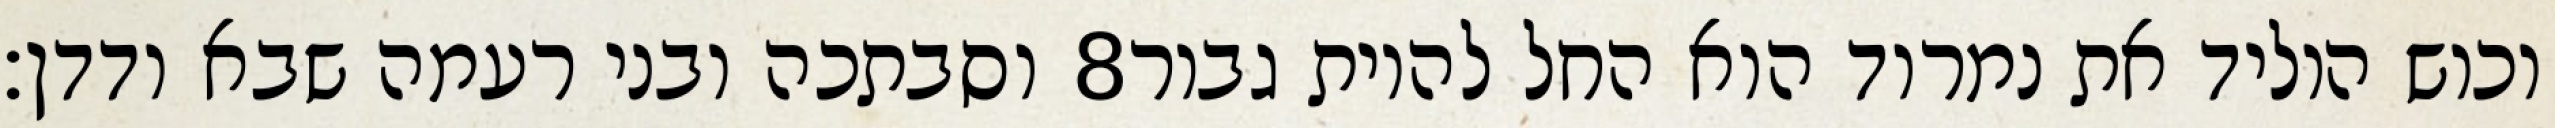
וסבתכה ובני רעמה שבא ודדן׃ ‎8‏ וכוש הוליד את נמרוד הוא החל להיות גבור